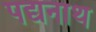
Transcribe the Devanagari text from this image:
पद्यनाथ